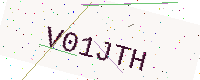
Text: V01JTH